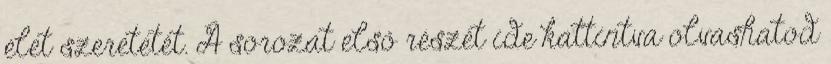
élet szeretetét. A sorozat első részét ide kattintva olvashatod